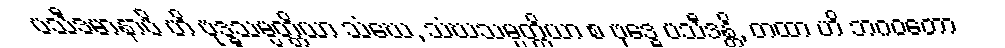
ပသီဒမာနာပိ ဟိ ဗုဒ္ဓသမ္ပတ္တိယာ သံဃေ, သံဃသမ္ပတ္တိယာ စ ဗုဒ္ဓေ ပသီဒန္တိ, တထာ ဟိ ဘဂဝတော